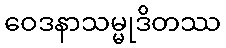
ဝေဒနာသမ္မုဒိတဿ